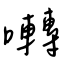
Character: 囀